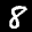
Label: 8